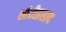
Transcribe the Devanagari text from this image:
शांतीप्रसाद